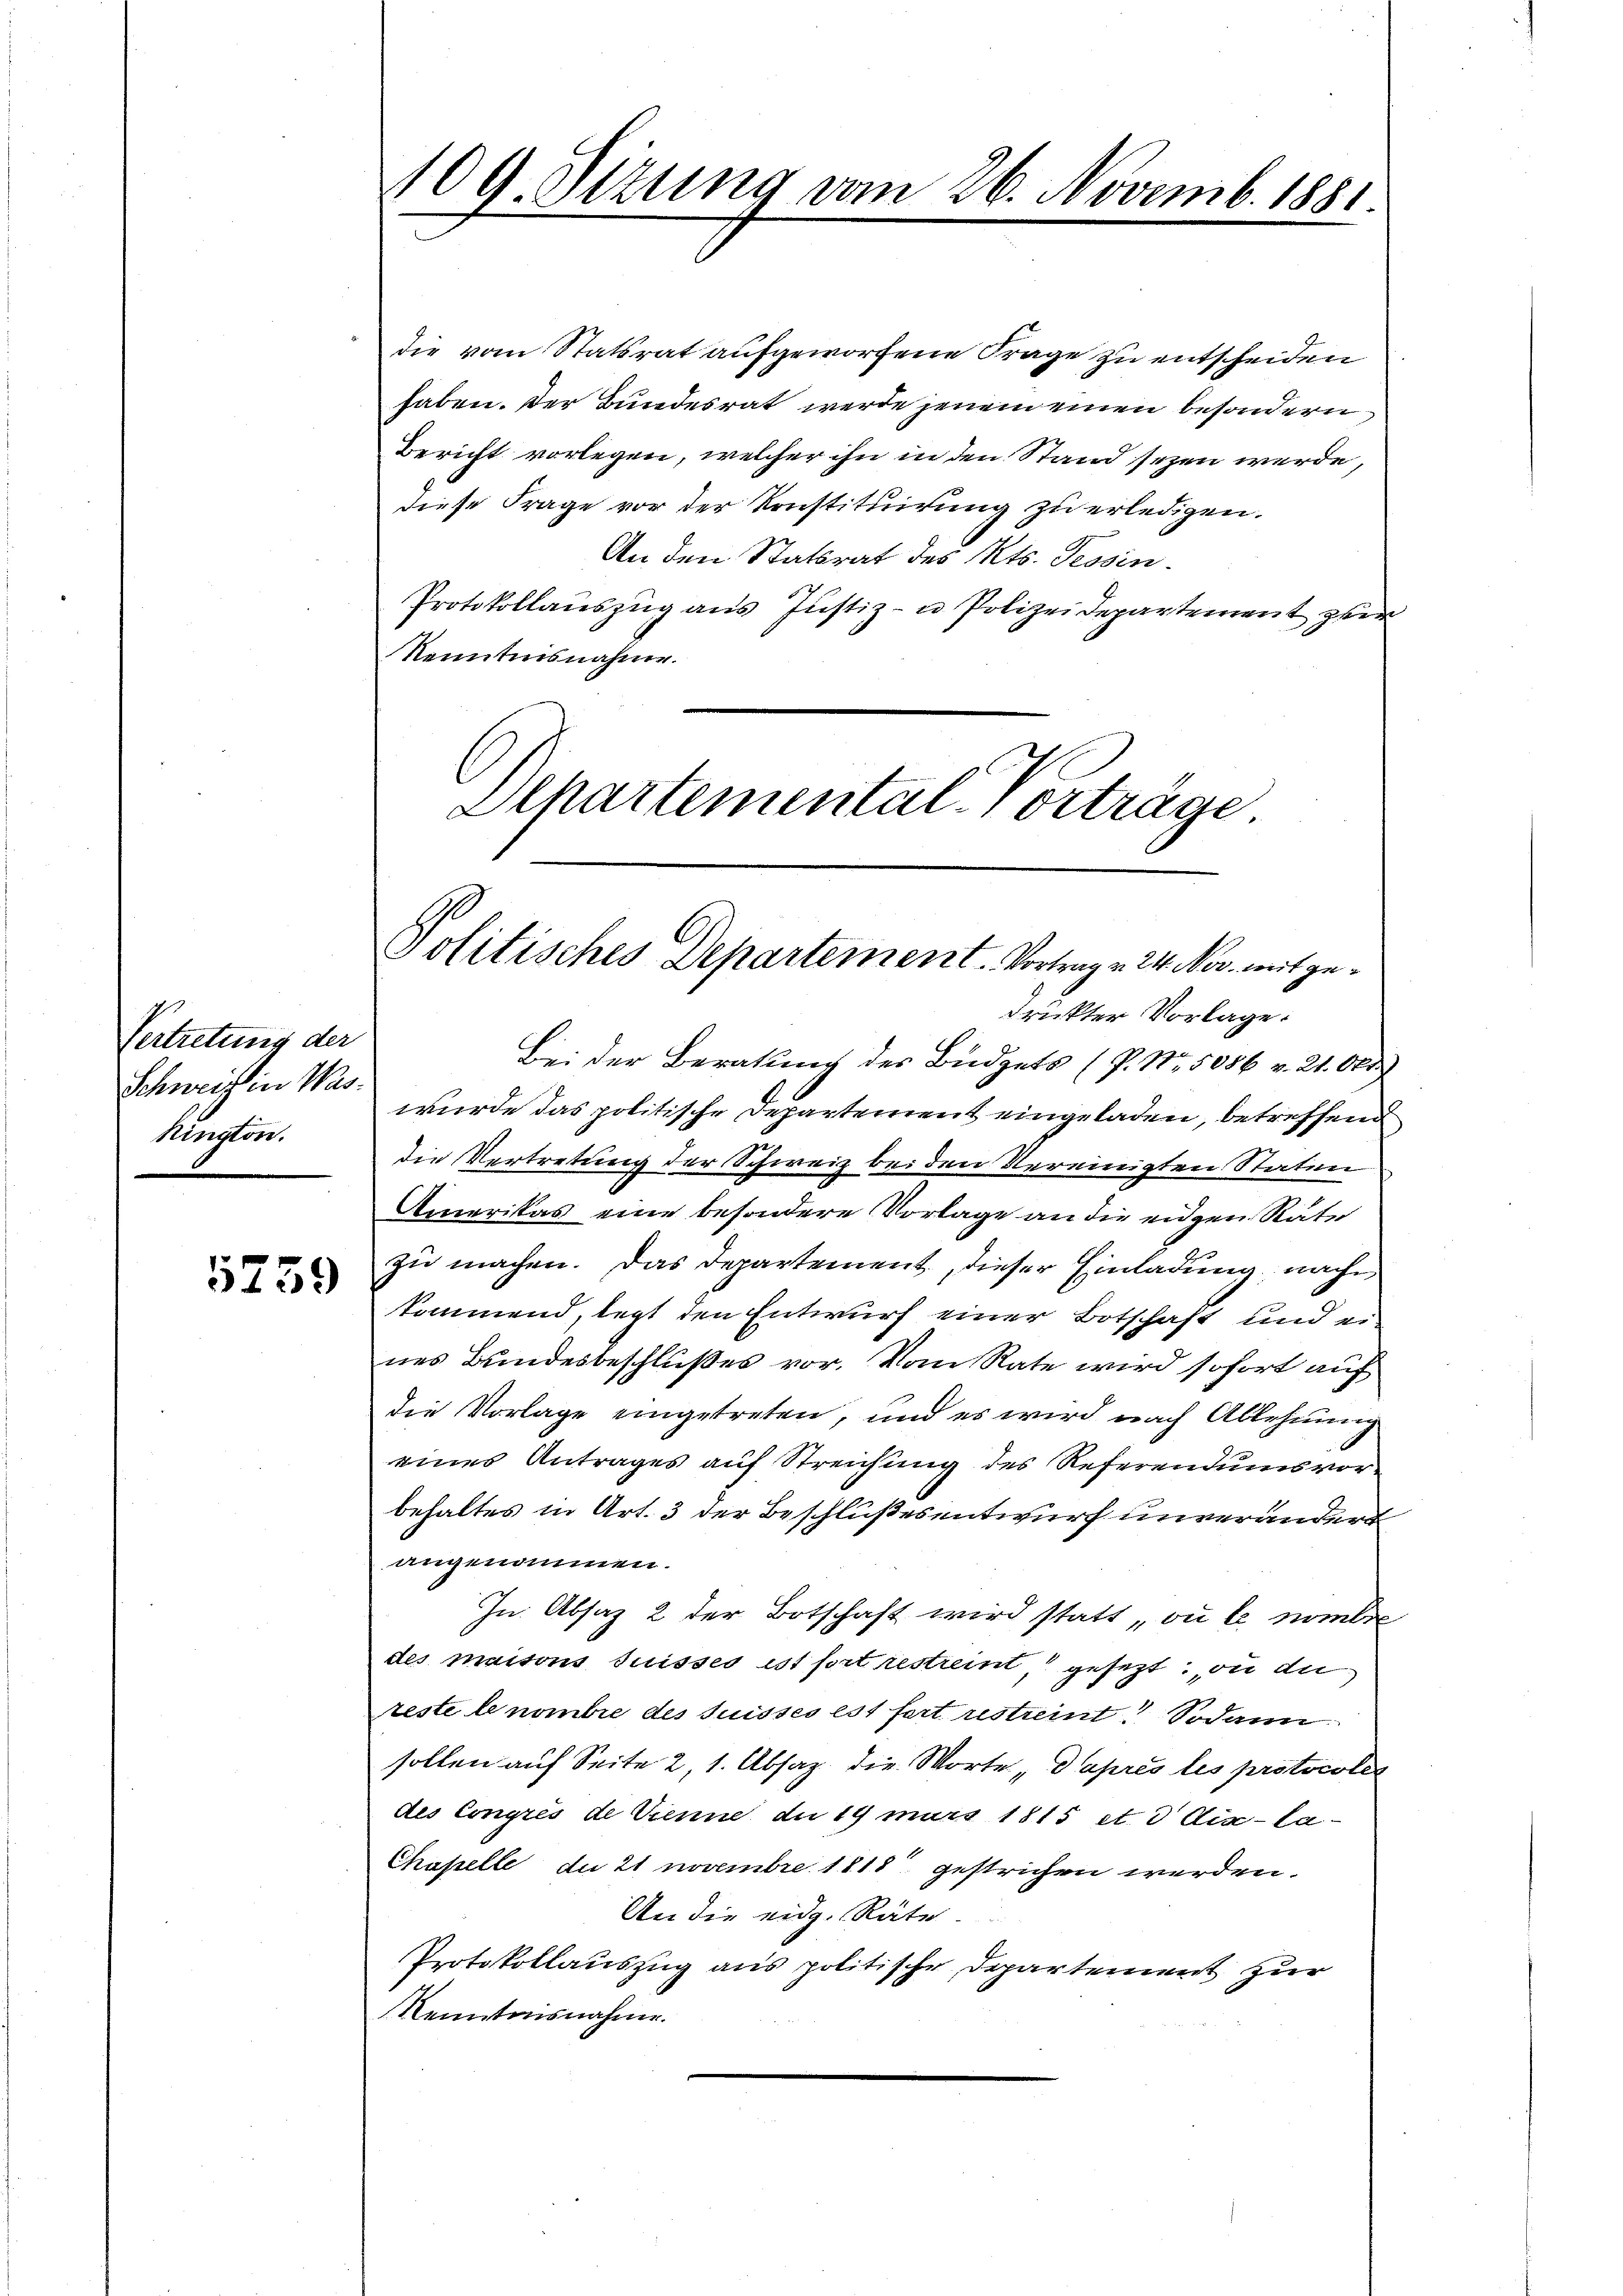
Vertretung der
Schweiz in Waskington.

5259

09. Sizung vom 26. Novemb. 1881
.

die vom Statsrat aufgeworfene Frage zu entscheiden
haben. Der Bundesrat werde jenem einen besondern
Bericht vorlegen, welcher ihn in den Stand sezen werde,
diese Frage vor der Konstituirung zu erledigen.
An den Statsrat des Kts. Tessin.
Protokollauszug aus Justiz- u Polizeidepartement zur
Kenntnisnahme.
Separtemental-Vorträge.

Politisches Departement. Vortrag v. 24. Nov. mit ge¬

druckter Vorlage.
Bei der Beratung des Büdgets (P. Nr. 5086 v. 21. Okt
wurde das politische Departement eingeladen, betreffend
die Vertretung der Schweiz bei den Vereinigten Staten
Amerikas eine besondere Vorlage an die eigen Räte
zu machen. Das Departement, dieser Einladung nach
kommend, legt den Entwurf einer Botschaft und eines Bundesbeschlußes vor. Vom Rate wird sofort auf
die Vorlage eingetreten, und es wird nach Ablehnung
eines Antrages auf Streichung des Referendumsvorbehaltes in Art. 3 der Beschlußesentwurf unverändert
angenommen.
In Absaz 2 der Botschaft wird statt „ou le nombe
des maisons Suisses ist fort restreint, gesezt, in di
reste le nombre des Suisses est fort restreint. Sodann
sollen auf Seite 2, 1. Absaz. die Worte „Paprès les protocoles
des Congris de Trenne du 19 mars 1815 et. d Aix-la¬
Chapelle du 21 novembre 1813 gestrichen werden.
An die eidg. Räte
Protokollauszug aus politische Departement zur
Kenntnisnahme.